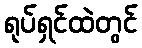
ရုပ်ရှင်ထဲတွင်